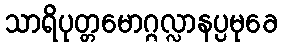
သာရိပုတ္တမောဂ္ဂလ္လာနပ္ပမုခေ